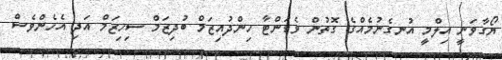
ޔޯގާވަނީ އިލްމީ އުނގެނުމެއްގެ ގޮތުން ވެޑަންޓާ ހިންދުއިޒަމް ބުދިޒަމް ސިޚިޒަމް އަދި އެހެންވެސް